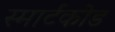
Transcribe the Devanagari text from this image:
स्मार्टकोड